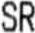
SR